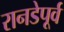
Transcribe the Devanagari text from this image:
रानडेपूर्व